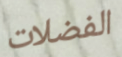
الفضلات